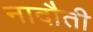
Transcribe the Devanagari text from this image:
नादौती